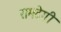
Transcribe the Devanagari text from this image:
रामदेगी